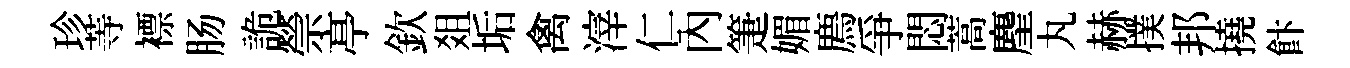
珍䓁褾肠詭禜𠅘欽爼垢禽滓仁內箑媚廌爭悶蒿麈丸赫撲邦撓飰